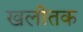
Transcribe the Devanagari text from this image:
खलीतक